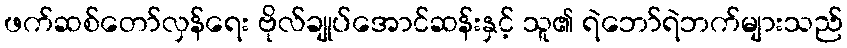
ဖက်ဆစ်တော်လှန်ရေး ဗိုလ်ချုပ်အောင်ဆန်းနှင့် သူ၏ ရဲဘော်ရဲဘက်များသည်